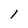
Character: l